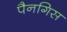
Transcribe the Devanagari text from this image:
पैनगिस